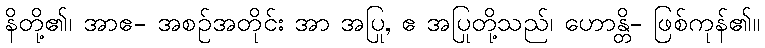
နိတို့၏၊ အာဧ- အစဉ်အတိုင်း အာ အပြု, ဧ အပြုတို့သည်၊ ဟောန္တိ- ဖြစ်ကုန်၏။